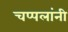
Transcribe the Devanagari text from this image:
चप्पलांनी